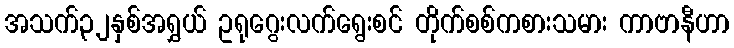
အသက်၃၂နှစ်အရွှယ် ဥရုဂွေးလက်ရွေးစင် တိုက်စစ်ကစားသမား ကာဗာနီဟာ